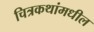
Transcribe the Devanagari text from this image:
चित्रकथांमधील